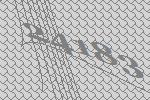
24183